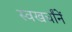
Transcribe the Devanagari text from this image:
स्वखर्चांनें